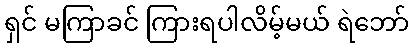
ရှင် မကြာခင် ကြားရပါလိမ့်မယ် ရဲဘော်